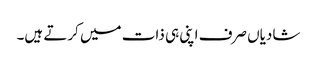
شادیاں صرف اپنی ہی ذات میں کرتے ہیں۔